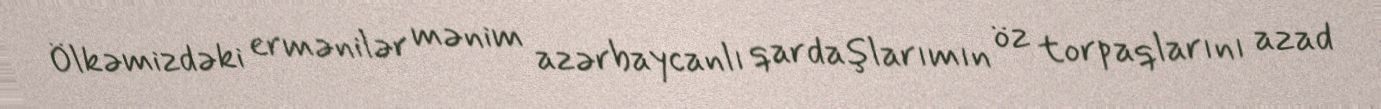
Ölkəmizdəki ermənilər mənim azərbaycanlı qardaşlarımın öz torpaqlarını azad